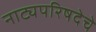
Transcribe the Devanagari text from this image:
नाट्यपरिषदेचे